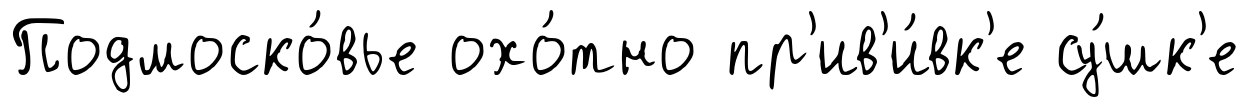
Подмоско́вье охо́тно пр'ив'и́вк'е су́шк'е